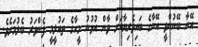
އޭނާ ބޭނުންވީ އޭނާގެ ބައިވެރިޔާއަށް ވާން އުޅުނު މީހާގެ ތައުލީމީ ފެންވަރު ބެލުމަށެވެ.